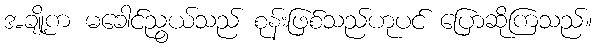
အချို့က မခေါင်ညွယ်သည် စုန်းဖြစ်သည်ဟုပင် ပြောဆိုကြသည်။